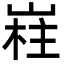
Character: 嵀